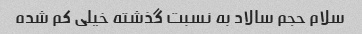
سلام حجم سالاد به نسبت گذشته خیلی کم شده